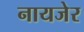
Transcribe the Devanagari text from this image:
नायजेर